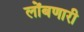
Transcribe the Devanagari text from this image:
लोंबणारी